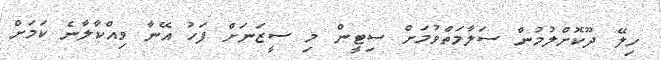
ހިލޭ ދޫކޮށްލުމުން ސަލާމަތްވުމަށް ސިޓީން މި ސީޒަނަށް ފަހު އޭނާ ވިއްކާލާނެ ކަމަށް